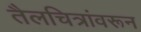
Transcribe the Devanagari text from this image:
तैलचित्रांवरून